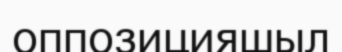
оппозицияшыл